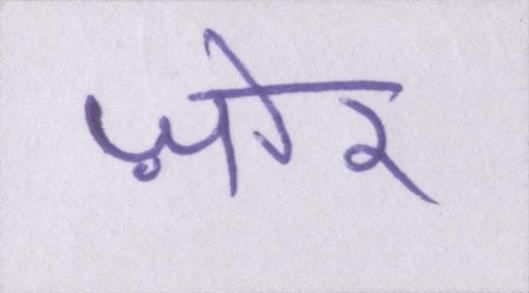
ज़ोर